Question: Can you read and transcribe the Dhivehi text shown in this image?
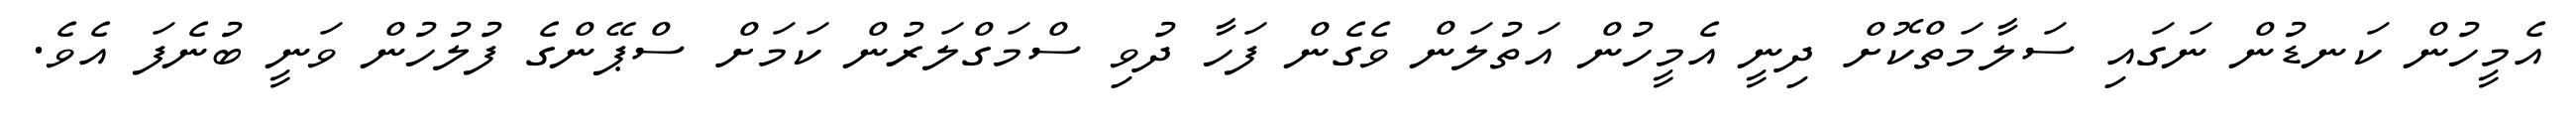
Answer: އެމީހުން ކަނޑުން ނަގައި ސަލާމަތްކޮށް ދިނީ އެމީހުން އަތުލަން ވެގެން ފަހާ ދުވި ސްމަގްލަރުން ކަމަށް ސްޕޭންގެ ފުލުހުން ވަނީ ބުނެފަ އެވެ.